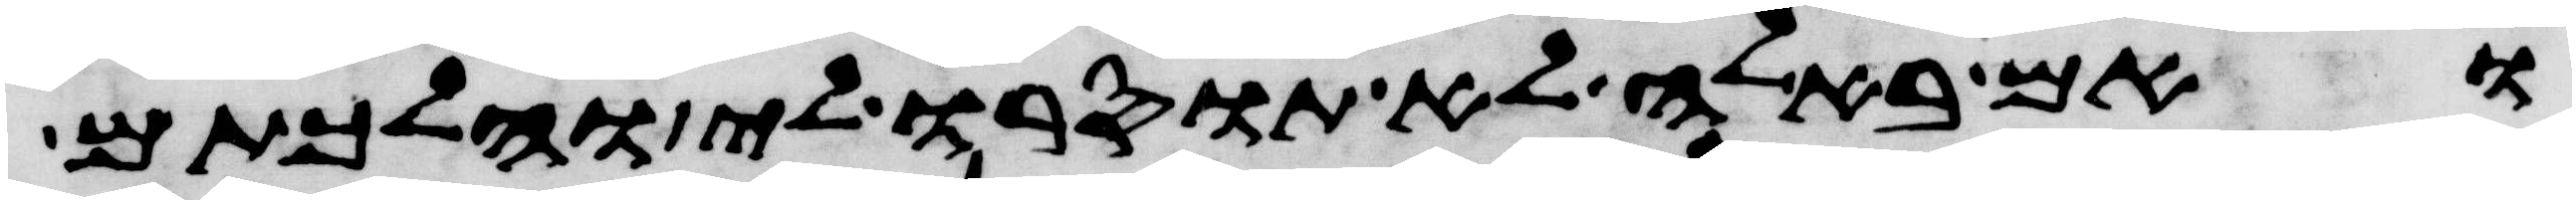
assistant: ואם באלה לא תוסרו לי והלכתם